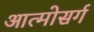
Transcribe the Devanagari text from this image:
आत्मोसर्ग